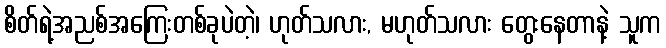
စိတ်ရဲ့အညစ်အကြေးတစ်ခုပဲတဲ့၊ ဟုတ်သလား, မဟုတ်သလား တွေးနေတာနဲ့ သူက